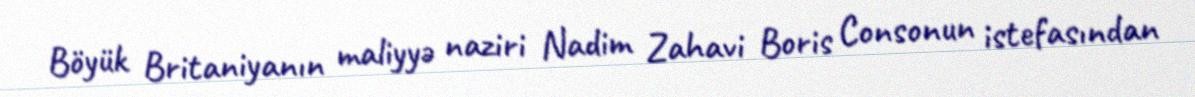
Böyük Britaniyanın maliyyə naziri Nadim Zahavi Boris Consonun istefasından